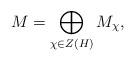
LaTeX: \begin{align*}M=\bigoplus_{\chi\in Z(H)}M_{\chi},\end{align*}